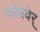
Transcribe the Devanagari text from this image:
फोरेवेर्